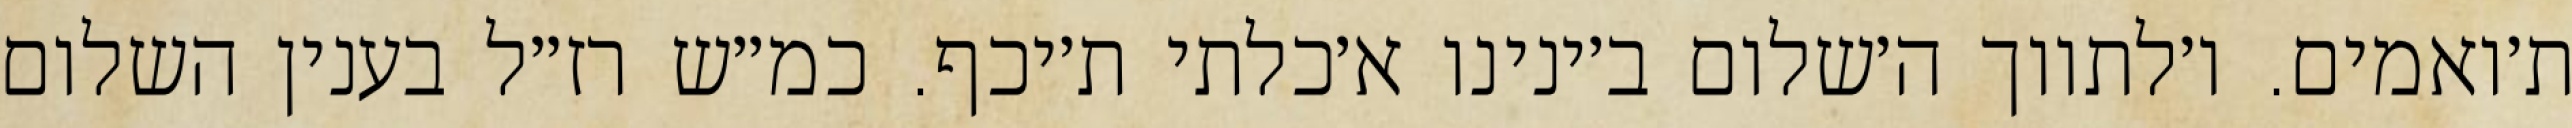
ת׳ואמים. ו׳לתווך ה׳שלום ב׳ינינו א׳כלתי ת׳יכף. כמ״ש רז״ל בענין השלום